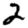
Digit: 2